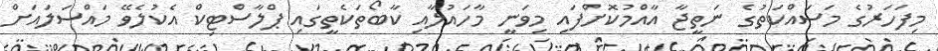
މިފަހަރުގެ މަަސަައްކަތުގެ ނަތީޖާ އާއްމުކޮށްފައި މިވަނީ މާހައުލާއި ކާބޯތަކެތީގައި ޕްލާސްޓިކް އެކުލެވޭ މައްސަލައަށް